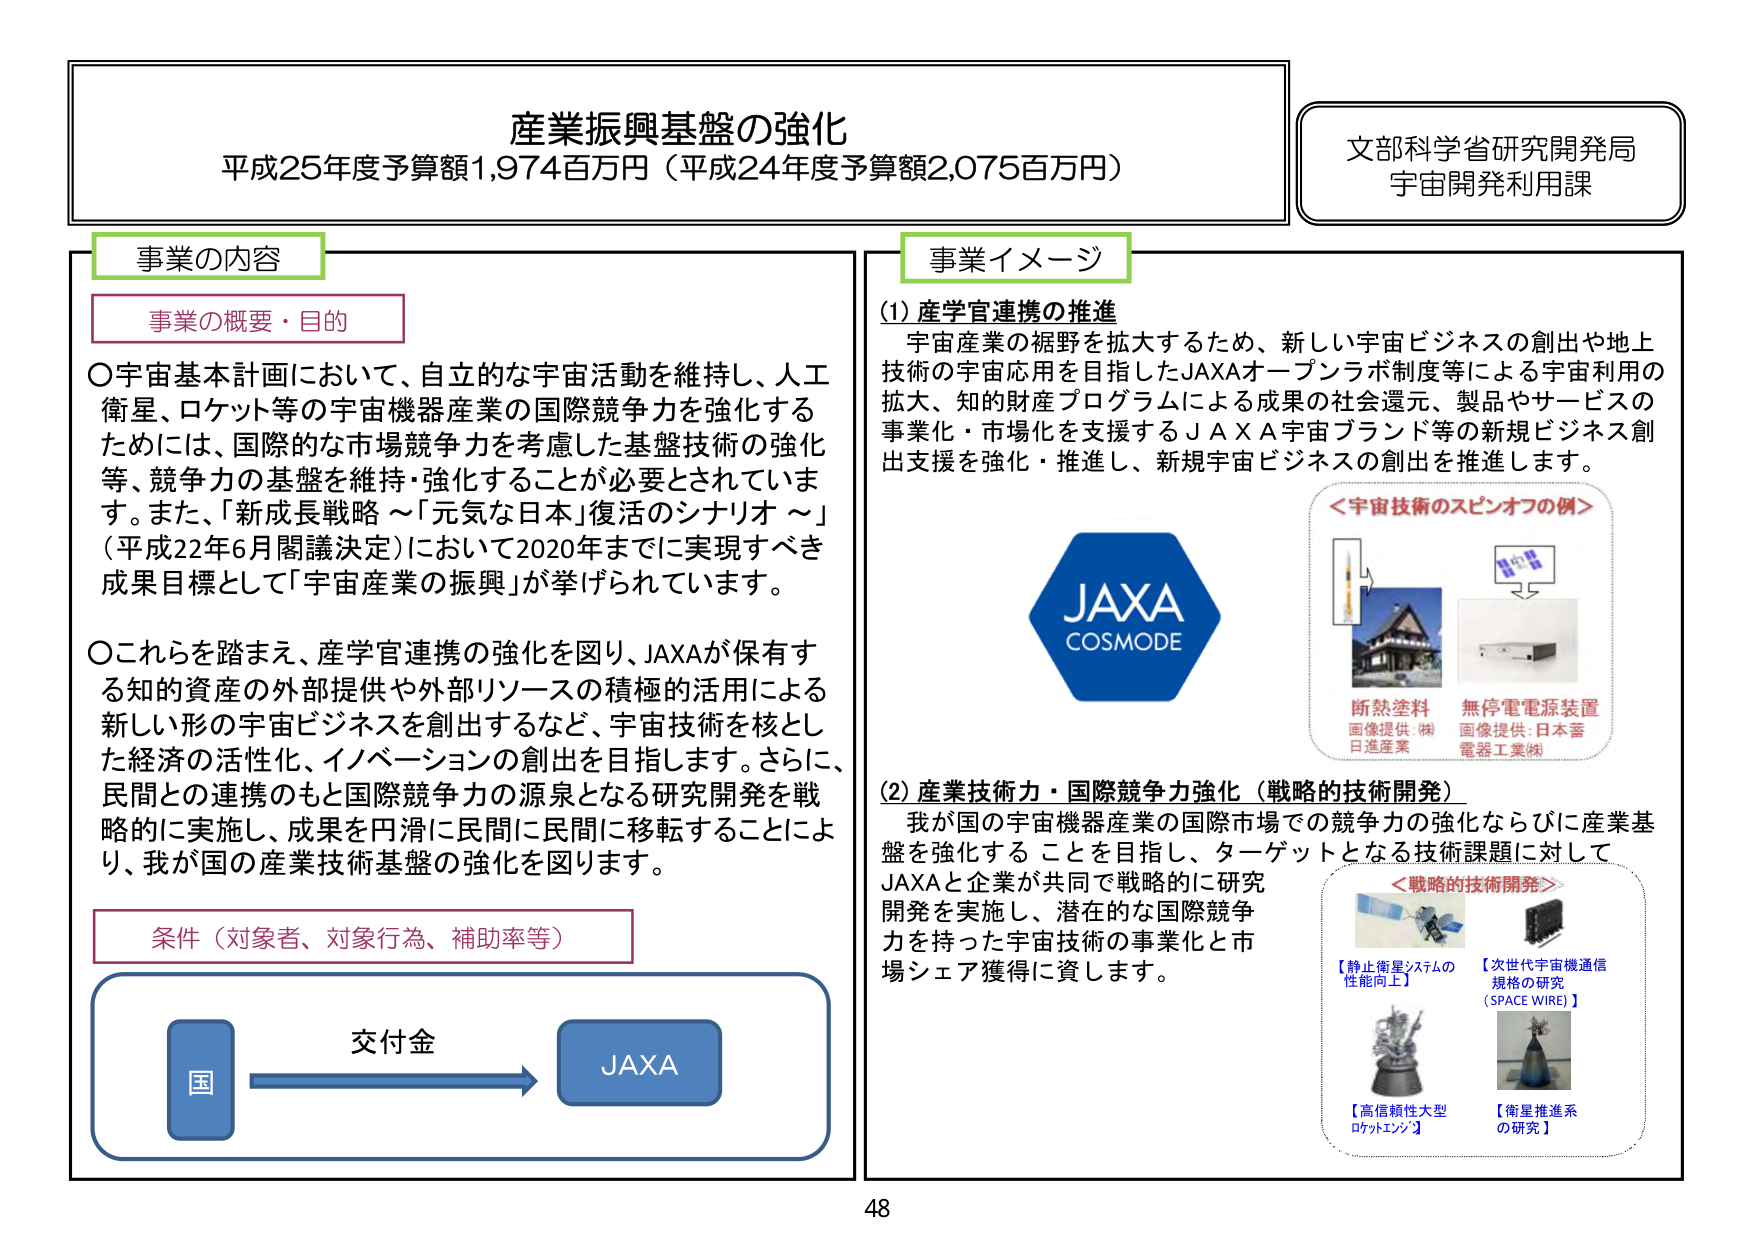
産業振興基盤の強化
平成25年度予算額1,974百万円（平成24年度予算額2,075百万円）

文部科学省研究開発局
宇宙開発利用課

事業の内容

事業の概要・目的

○宇宙基本計画において、自立的な宇宙活動を維持し、人工衛星、ロケット等の宇宙機器産業の国際競争力を強化するためには、国際的な市場競争力を考慮した基盤技術の強化等、競争力の基盤を維持・強化することが必要とされています。また、「新成長戦略 ～「元気な日本」復活のシナリオ～」（平成22年6月閣議決定）において2020年までに実現すべき成果目標として「宇宙産業の振興」が挙げられています。

○これらを踏まえ、産学官連携の強化を図り、JAXAが保有する知的資産の外部提供や外部リソースの積極的活用による新しい形の宇宙ビジネスを創出するなど、宇宙技術を核とした経済の活性化、イノベーションの創出を目指します。さらに、民間との連携のもと国際競争力の源泉となる研究開発を戦略的に実施し、成果を円滑に民間に民間に移転することにより、我が国の産業技術基盤の強化を図ります。

条件（対象者、対象行為、補助率等）

交付金
国 → JAXA

事業イメージ

(1) 産学官連携の推進
宇宙産業の裾野を拡大するため、新しい宇宙ビジネスの創出や地上技術の宇宙応用を目指したJAXAオープンラボ制度等による宇宙利用の拡大、知的財産プログラムによる成果の社会還元、製品やサービスの事業化・市場化を支援するJAXA宇宙ブランド等の新規ビジネス創出支援を強化・推進し、新規宇宙ビジネスの創出を推進します。

JAXA
COSMODE

＜宇宙技術のスピンオフの例＞
断熱塗料
画像提供：㈱日進産業
無停電電源装置
画像提供：日本蓄電器工業㈱

(2) 産業技術力・国際競争力強化（戦略的技術開発）
我が国の宇宙機器産業の国際市場での競争力の強化ならびに産業基盤を強化することを目指し、ターゲットとなる技術課題に対してJAXAと企業が共同で戦略的に研究開発を実施し、潜在的な国際競争力を持った宇宙技術の事業化と市場シェア獲得に資します。

＜戦略的技術開発＞
【静止衛星システムの性能向上】
【次世代宇宙機通信規格の研究（SPACE WIRE）】
【高信頼性大型ロケットエンジン】
【衛星推進系の研究】

48